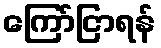
ကြော်ငြာရန်